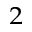
_ 2